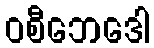
ဝစီဘေဒေါ